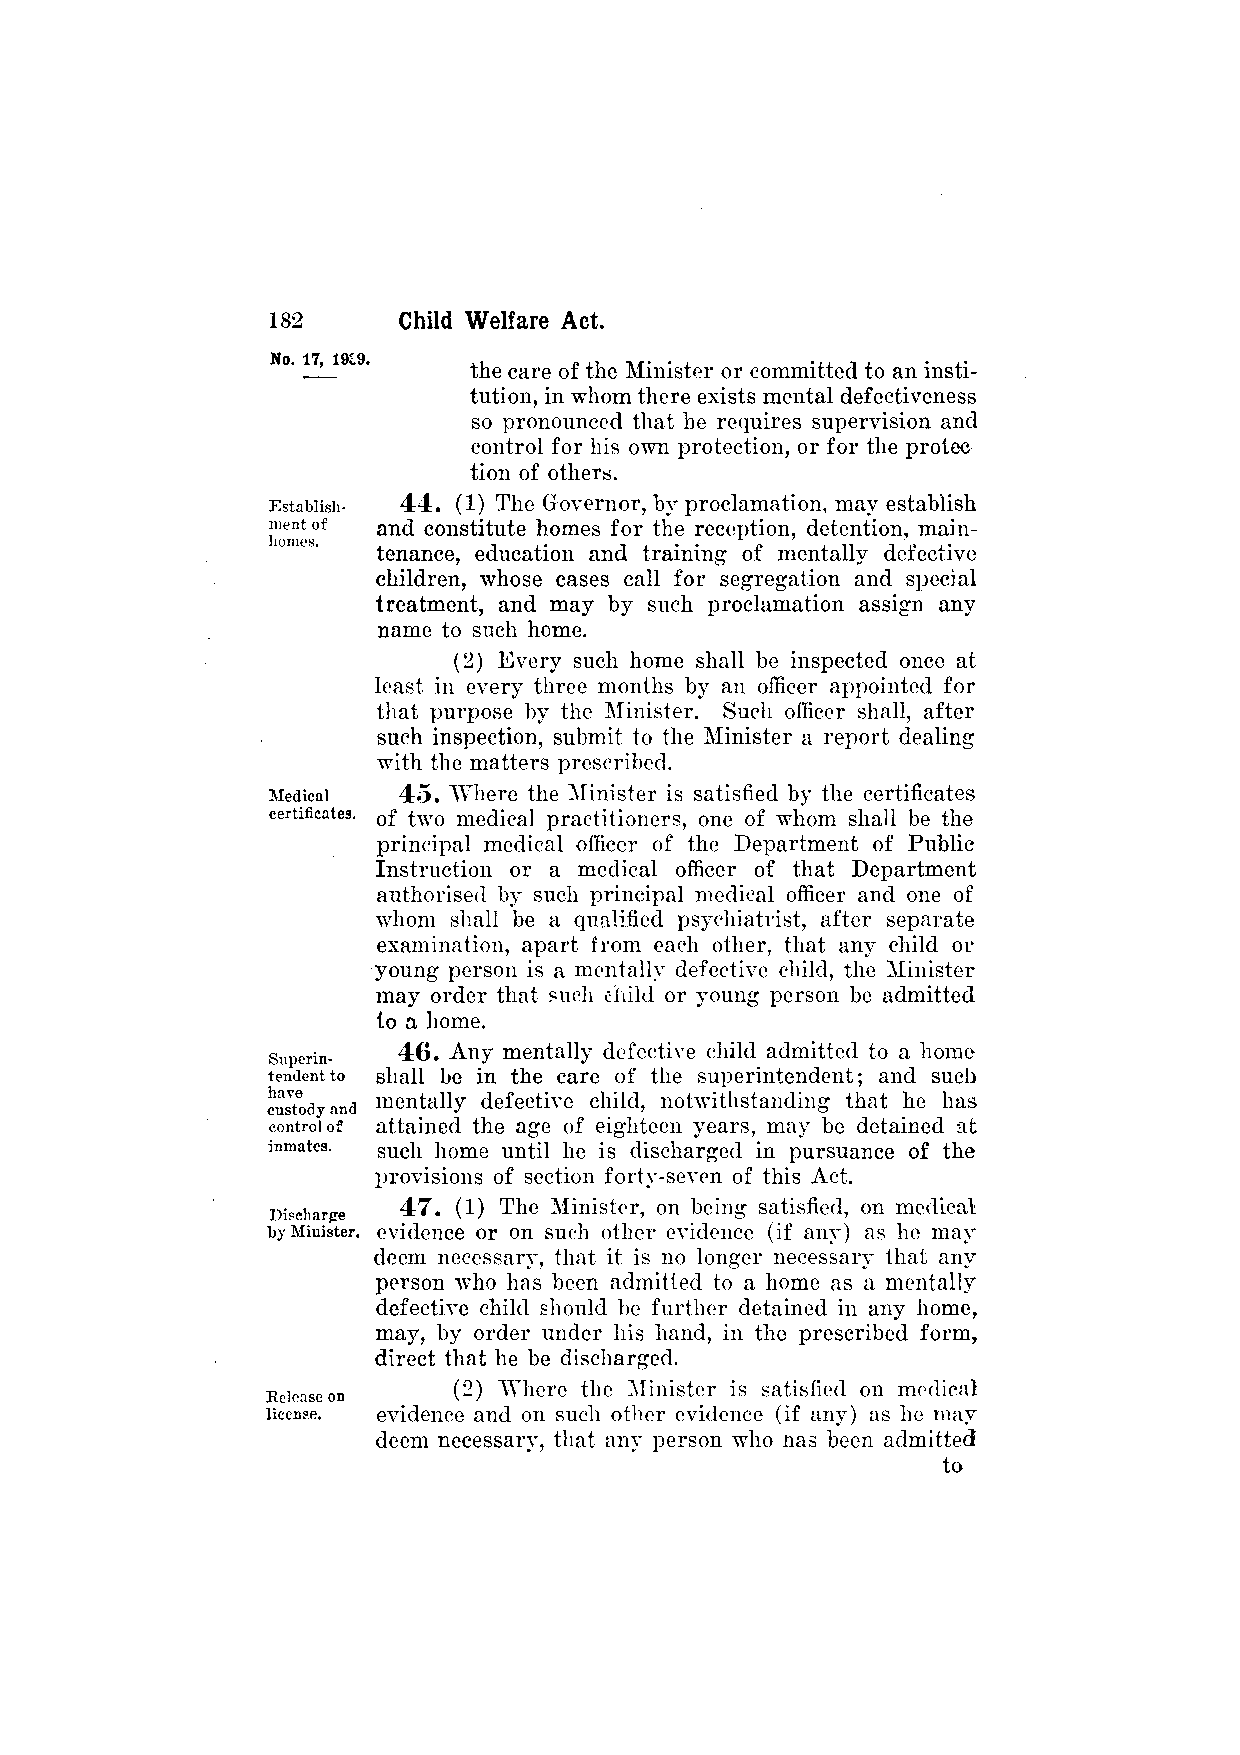
the care of the Minister or committed to an insti­
 tution, in whom there exists mental defectiveness
 so pronounced that he requires supervision and
 control for his own protection, or for the protec
 tion of others.
 44. (1) The Governor, by proclamation, may establish
 and constitute homes for the reception, detention, main­
 tenance, education and training of mentally defective
 children, whose cases call for segregation and special
 treatment, and may by such proclamation assign any
 name to such home.
 (2) Every such home shall be inspected once at
 least in every three months by an officer appointed for
 that purpose by the Minister. Such officer shall, after
 such inspection, submit to the Minister a report dealing
 with the matters prescribed.
 45. "Where the Minister is satisfied by the certificates
 of two medical practitioners, one of whom shall be the
 principal medical officer of the Department of Public
 Instruction or a medical officer of that Department
 authorised by such principal medical officer and one of
 whom shall be a qualified psychiatrist, after separate
 examination, apart from each other, that any child or
 young person is a mentally defective child, the Minister
 may order that such child or young person be admitted
 to a home.
 46. Any mentally defective child admitted to a home
 shall be in the care of the superintendent; and such
 mentally defective child, notwithstanding that he has
 attained the age of eighteen years, may be detained at
 such home until he is discharged in pursuance of the
 provisions of section forty-seven of this Act.
 47. (1) The Minister, on being satisfied, on medical
 evidence or on such other evidence (if any) as he may
 deem necessary, that it is no longer necessary that any
 person who has been admitted to a home as a mentally
 defective child should be further detained in any home,
 may, by order under his hand, in the prescribed form,
 direct that he be discharged.
 (2) Where the Minister is satisfied on medical
 evidence and on such other evidence (if any) as he may
 deem necessarv, that any person who has been admitted
 to